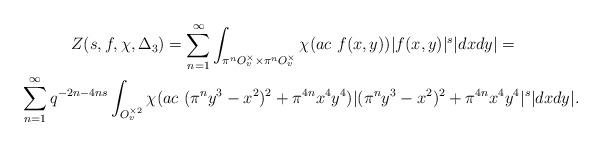
LaTeX: \begin{gather*}Z(s,f,\chi,\Delta_3)= \sum_{n=1}^{\infty}\int_{\pi^{n}O_v^\times \times \pi^{n}O_v^\times}\chi(ac \ f(x,y))|f(x,y)|^s |dxdy|=\\\sum_{n=1}^{\infty} q^{-2n-4ns}\int_{O_v^{\times 2}} \chi(ac \ (\pi^{n}y^3-x^2)^2+\pi^{4n}x^4y^4) |(\pi^{n}y^3-x^2)^2+\pi^{4n}x^4y^4|^s|dxdy|.\end{gather*}